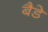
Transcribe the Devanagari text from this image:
बैडे